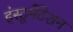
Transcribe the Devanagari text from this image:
इंस्‍टूमेंटेशन